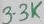
Text: 3.3K